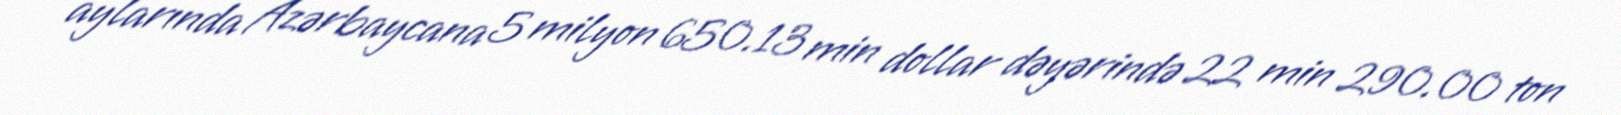
aylarında Azərbaycana 5 milyon 650.13 min dollar dəyərində 22 min 290.00 ton